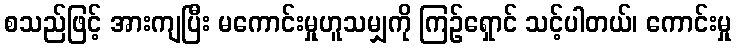
စသည်ဖြင့် အားကျပြီး မကောင်းမှုဟူသမျှကို ကြဉ်ရှောင် သင့်ပါတယ်၊ ကောင်းမှု